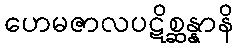
ဟေမဇာလပဋိစ္ဆန္နာနိ